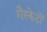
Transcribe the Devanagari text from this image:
गैस्केटों